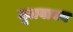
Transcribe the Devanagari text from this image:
मूलवाक्य